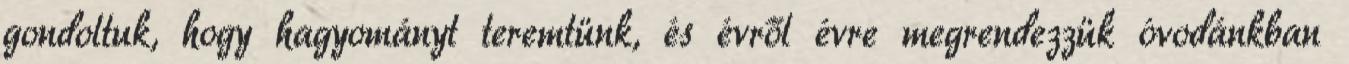
gondoltuk, hogy hagyományt teremtünk, és évről évre megrendezzük óvodánkban